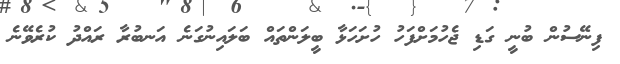
ފިނޭސުން ބުނީ ގަޑި ޖެހުމަށްފަހު ހުށަހަޅާ ބީލަންތައް ބަލައިނުގަނެ އަނބުރާ ރައްދު ކުރެވޭނެ